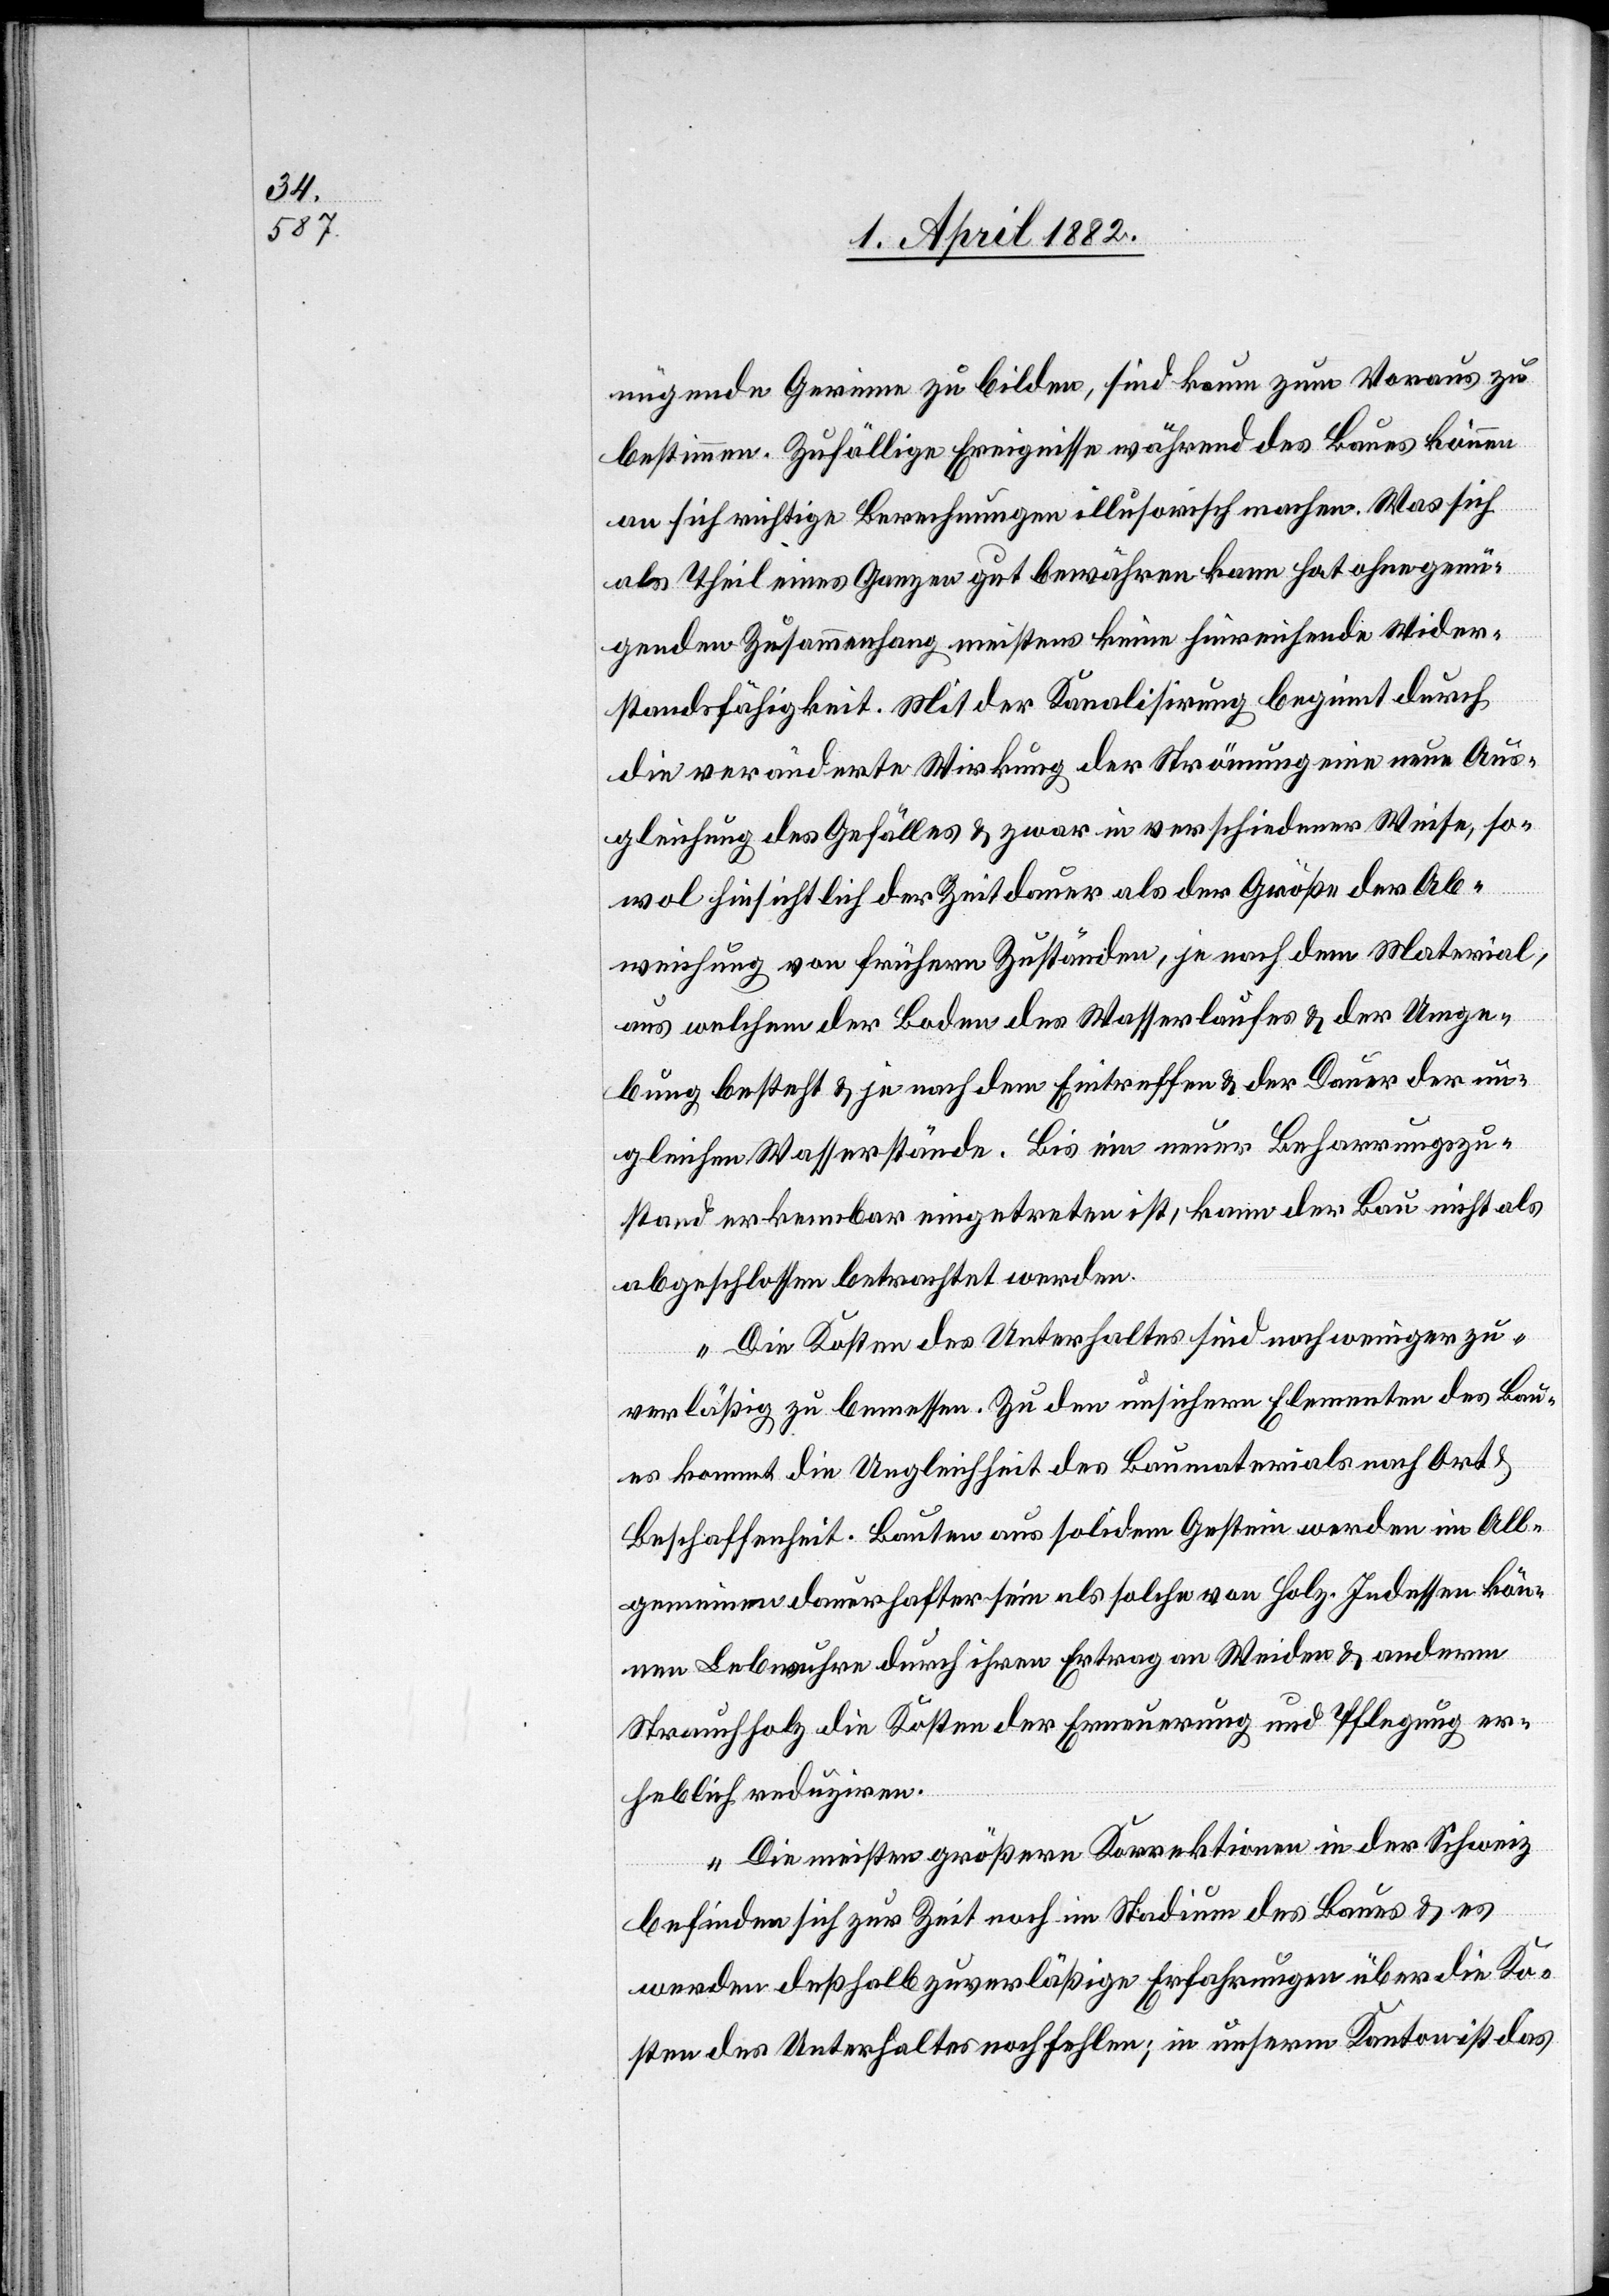
nügende Gerinne zu bilden, sind kaum zum Voraus zu
bestimmen. Zufällige Ereignisse während des Baues können
an sich richtige Berechnungen illusorisch machen. Was sich
als Theil eines Ganzen gut bewähren kann hat ohne genü¬
genden Zusammenhang meistens keine hinreichende Wider¬
standsfähigkeit. Mit der Kanalisirung beginnt durch
die veränderte Wirkung der Strömung eine neue Aus¬
gleichung des Gefälles & zwar in verschiedener Weise, so¬
wol hinsichtlich der Zeitdauer als der Größe der Ab¬
weichung von frühern Zuständen, je nach dem Material,
aus welchem der Boden des Wasserlaufes & der Umge¬
bung besteht & je nach dem Eintreffen & der Dauer der un¬
gleichen Wasserstände. Bis ein neuer Beharrungszu¬
stand erkennbar eingetreten ist, kann der Bau nicht als
abgeschlossen betrachtet werden.
Die Kosten des Unterhaltes sind noch weniger zu¬
verläßig zu bemessen. Zu den unsichern Elementen des Bau¬
es kommt die Ungleichheit des Baumaterials nach Ort &
Beschaffenheit. Bauten aus solidem Gestein werden im All¬
gemeinen dauerhafter sein als solche von Holz. Indessen kön¬
nen Lebwuhre durch ihren Ertrag an Weiden & anderm
Strauchholz die Kosten der Erneuerung und Pflegung er¬
heblich reduziren.
Die meisten größern Korrektionen in der Schweiz
befinden sich zur Zeit noch im Stadium des Baues & es
werden deßhalb zuverläßige Erfahrungen über die Ko¬
sten des Unterhaltes noch fehlen; in unserm Kanton ist das